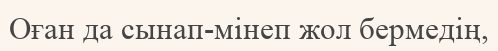
Оған да сынап-мінеп жол бермедің,